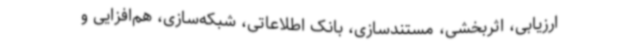
ارزیابی، اثربخشی، مستندسازی، بانک اطلاعاتی، شبکه‌سازی، هم‌افزایی و